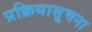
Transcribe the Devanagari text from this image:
प्रक्रियासूचना